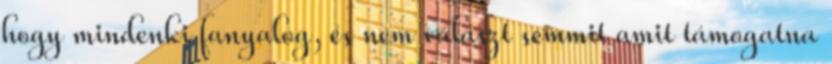
hogy mindenki fanyalog, és nem választ semmit amit támogatna